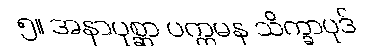
၅။ အနာပုစ္ဆာ ပက္ကမန သိက္ခာပုဒ်